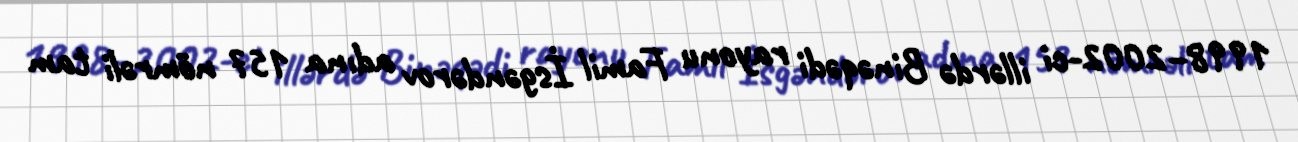
1998–2002-ci illərdə Binəqədi rayonu Famil İsgəndərov adına 157 nömrəli tam